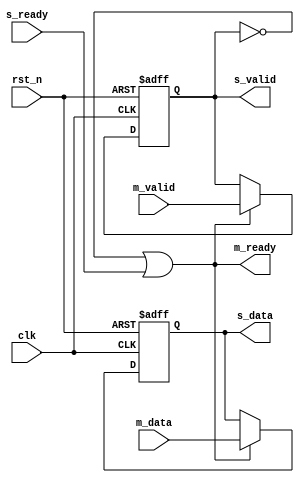
module Forward_Registered #( parameter WIDTH = 8)(
	input clk,
	input rst_n,
	input m_valid,
	input [WIDTH-1:0] m_data,
	output m_ready,
	output reg s_valid,
	output reg [WIDTH-1:0] s_data,
	input s_ready
	);
		
	always @(posedge clk or negedge rst_n) begin
		if (!rst_n) begin
			s_valid <= 1'b0;
		end
		else if(m_ready) begin
			s_valid <= m_valid;
		end
		else begin
			s_valid <= s_valid;
		end
	end

	always @(posedge clk or negedge rst_n) begin
		if (!rst_n) begin
			s_data <= {WIDTH{1'b0}};
		end
		else if(m_ready) begin
			s_data <= m_data;
		end
		else begin
			s_data <= s_data;
		end
	end
	
	assign m_ready = ~s_valid | s_ready;
endmodule